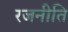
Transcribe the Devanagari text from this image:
रजनीति